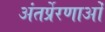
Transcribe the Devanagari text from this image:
अंतर्प्रेरणाओं